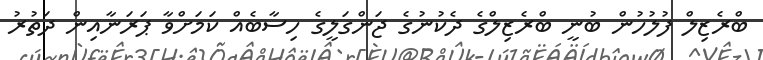
ބްރެޒިލް ފުލުހުން ބުނީ ބްރެޒިލްގެ ދެކުނުގެ ޖަންގަލީގެ ހިސާބެއް ކަމަށްވާ ޕަރަނާއިން ދަތުރު